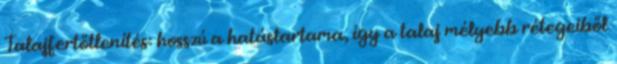
Talajfertőtlenítés: hosszú a hatástartama, így a talaj mélyebb rétegeiből